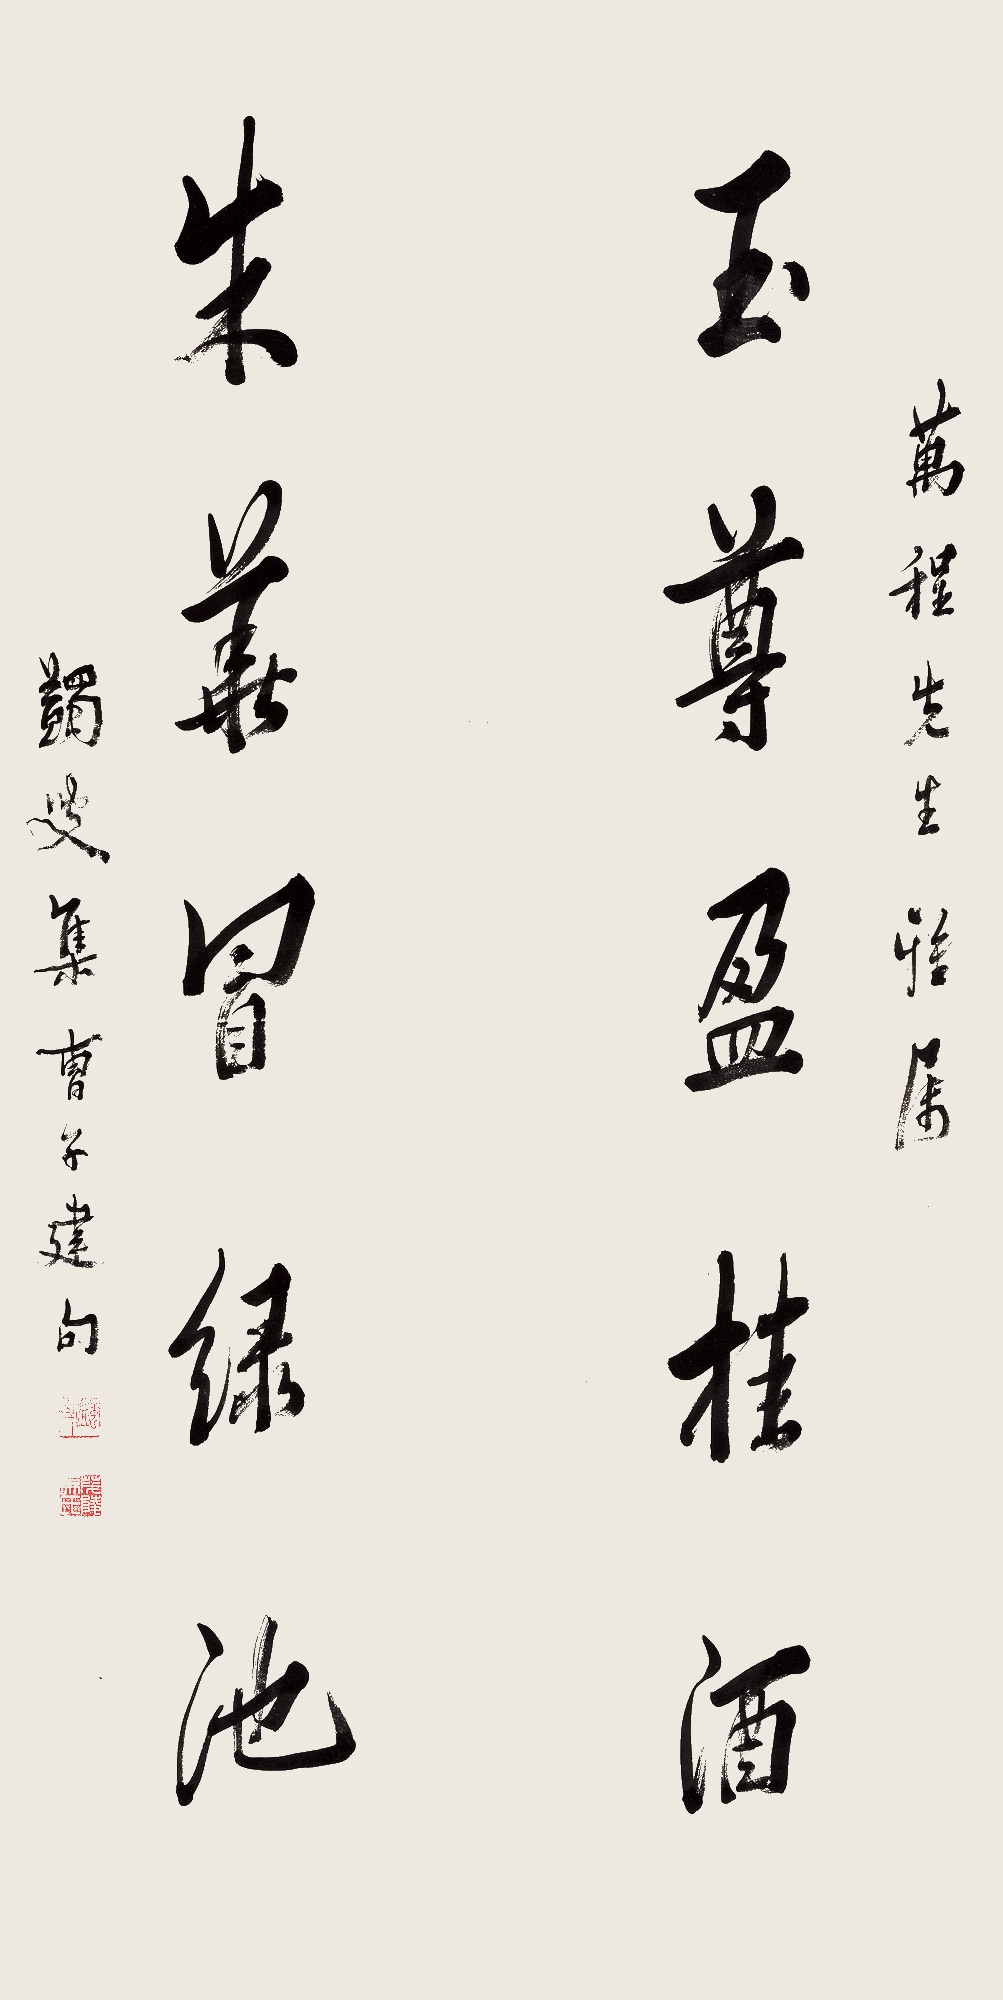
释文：玉尊盈桂酒，朱华冒绿池。万程先生雅属。蠲叟集曹子建句。